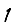
Digit: 1